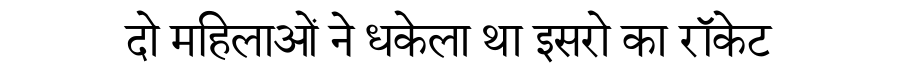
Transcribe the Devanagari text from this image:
दो महिलाओं ने धकेला था इसरो का रॉकेट